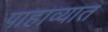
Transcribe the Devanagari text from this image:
पाहाव्यात